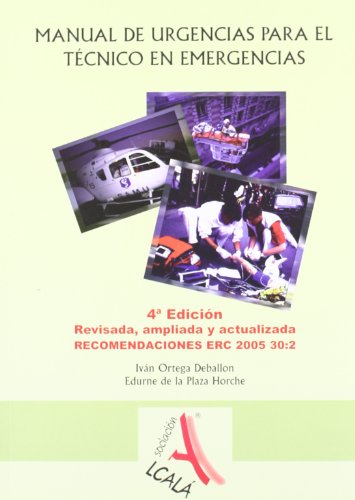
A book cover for Manual de urgencias para el tecnico en emergencias medicas / Emergency Manual for Emergency Medical Technician (Spanish Edition); Ivan Ortega Deballon; Medical Books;